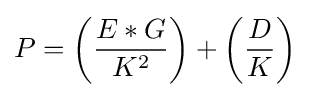
P=\left({\frac {E*G}{K^{2}}}\right)+\left({\frac {D}{K}}\right)